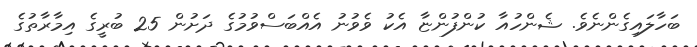
ބަހާލައިގެންނެވެ. ޝެންހުއާ ކުންފުންޏާ އެކު ވެވުނު އެއްބަސްވުމުގެ ދަށުން 25 ބުރީގެ އިމާރާތުގެ